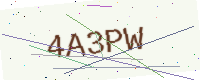
Text: 4A3PW